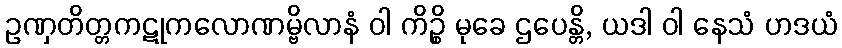
ဥဏှတိတ္တကဋုကလောဏမ္ဗိလာနံ ဝါ ကိဉ္စိ မုခေ ဌပေန္တိ, ယဒါ ဝါ နေသံ ဟဒယံ